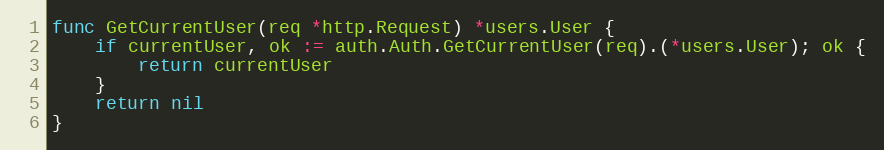
Language: Go
func GetCurrentUser(req *http.Request) *users.User {
	if currentUser, ok := auth.Auth.GetCurrentUser(req).(*users.User); ok {
		return currentUser
	}
	return nil
}